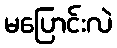
မပြောင်းလဲ